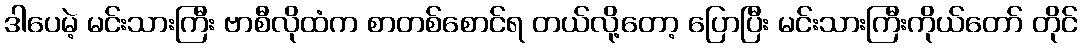
ဒါပေမဲ့ မင်းသားကြီး ဗာစီလိုထံက စာတစ်စောင်ရ တယ်လို့တော့ ပြောပြီး မင်းသားကြီးကိုယ်တော် တိုင်